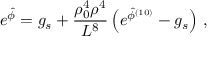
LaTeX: e ^ { \hat { \phi } } = g _ { s } + { \frac { \rho _ { 0 } ^ { 4 } \rho ^ { 4 } } { L ^ { 8 } } } \left( e ^ { \hat { \phi } ^ { ( 1 0 ) } } - g _ { s } \right) \, ,